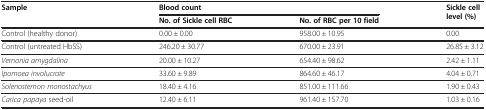
<table><thead><tr><td rowspan="2"><b>Sample</b></td><td colspan="2"><b>Blood count</b></td><td rowspan="2"><b>Sickle cell level (%)</b></td></tr><tr><td><b>No. of Sickle cell RBC</b></td><td><b>No. of RBC per 10 field</b></td></tr></thead><tbody><tr><td>Control (healthy donor)</td><td>0.00 ± 0.00</td><td>958.00 ± 10.95</td><td>0.00</td></tr><tr><td>Control (untreated HbSS)</td><td>246.20 ± 30.77</td><td>670.00 ± 23.91</td><td>26.85 ± 3.12</td></tr><tr><td><i>Vernonia amygdalina</i></td><td>20.00 ± 10.27</td><td>654.40 ± 98.62</td><td>2.42 ± 1.11</td></tr><tr><td><i>Ipomoea involucrate</i></td><td>33.60 ± 9.89</td><td>864.60 ± 46.17</td><td>4.04 ± 0.71</td></tr><tr><td><i>Solenostemon monostachyus</i></td><td>18.40 ± 4.16</td><td>851.00 ± 111.66</td><td>1.90 ± 0.43</td></tr><tr><td><i>Carica papaya</i> seed-oil</td><td>12.40 ± 6.11</td><td>961.40 ± 157.70</td><td>1.03 ± 0.16</td></tr></tbody></table>